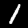
Label: 1